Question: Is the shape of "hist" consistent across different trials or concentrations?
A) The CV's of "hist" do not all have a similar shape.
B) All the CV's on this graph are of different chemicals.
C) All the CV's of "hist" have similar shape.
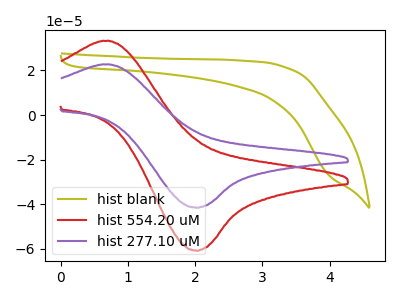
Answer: <think>The olive curve "hist blank" has no peaks. The red curve "hist 554.20 uM" has an anodic peak at (0.65V, 33.20uA) and a cathodic peak at (2.00V, -60.90uA). The purple curve "hist 277.10 uM" has an anodic peak at (0.65V, 22.70uA) and a cathodic peak at (2.00V, -41.60uA).
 "hist blank" and "hist 554.20 uM" have a different number of peaks. "hist blank" and "hist 277.10 uM" have a different number of peaks. All the peaks in "hist 554.20 uM" have a peak in "hist 277.10 uM" at the same potential. Every peak in "hist 554.20 uM" is higher than every peak in "hist 277.10 uM".</think>
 <answer>C) All the CV's of "hist" have similar shape.</answer>
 <eval>C</eval>